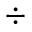
\div